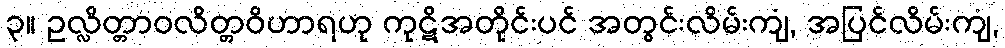
၃။ ဥလ္လိတ္တာဝလိတ္တဝိဟာရဟု ကုဋိအတိုင်းပင် အတွင်းလိမ်းကျံ, အပြင်လိမ်းကျံ,